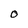
Character: 0